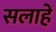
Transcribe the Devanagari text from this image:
सलाहें